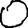
Digit: 0